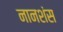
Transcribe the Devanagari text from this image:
नानशंस